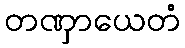
တဏှာယေတံ